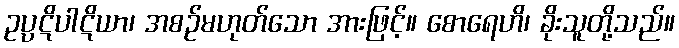
ဥပ္ပဋိပါဋိယာ၊ အစဉ်မဟုတ်သော အားဖြင့်။ စောရေဟိ၊ ခိုးသူတို့သည်။